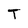
Character: T